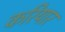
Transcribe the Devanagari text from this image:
करियार